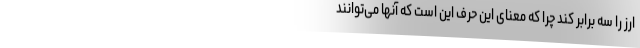
ارز را سه برابر کند چرا که معنای این حرف این است که آنها می‌توانند